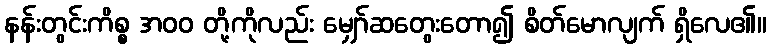
နန်းတွင်းကိစ္စ အ၀၀ တို့ကိုလည်း မျှော်ဆတွေးတော၍ စိတ်မောလျက် ရှိလေ၏။